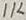
Text: 1K